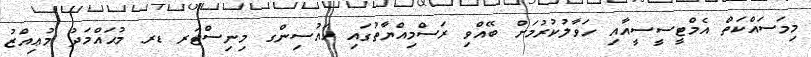
މިމަސައްކަތް އެމްޓީސީސީއާއި ހަވާލުކުރުމަށް ބޭއްވި ރަސްމިއްޔާތުގައި ހައުސިންގ މިނިސްޓަރ ޑރ. މުޙައްމަދު މުޢިއްޒު